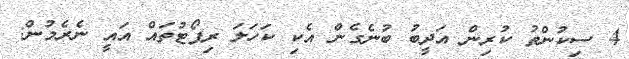
4 ސިކުންތު ކުރިން އަދީބު ބުނެގެން އެކި ކަހަލަ ރިޕޯޓުތައް އައީ ނެރެމުން: